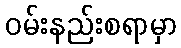
ဝမ်းနည်းစရာမှာ